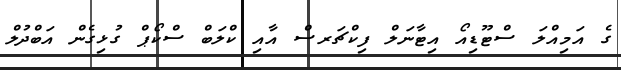
ގެ އަމިއްލަ ސްޓޫޑިއޯ އިޓާނަލް ފިކްޗަރސް އާއި ކްލަބް ސްކޯޕް ގުޅިގެން އަބްދުލް